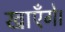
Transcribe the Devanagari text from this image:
खाएँगे।